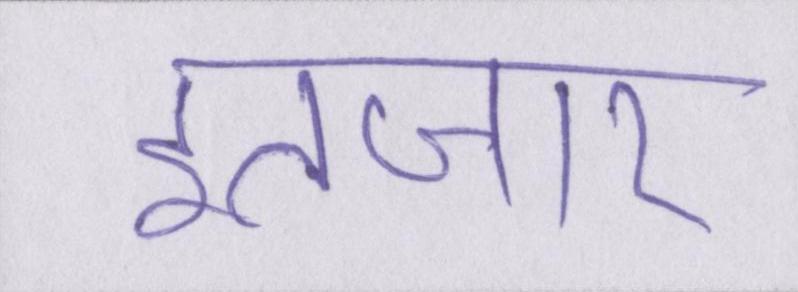
इंतजार